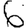
Digit: 6